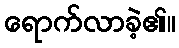
ရောက်လာခဲ့၏။